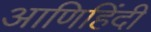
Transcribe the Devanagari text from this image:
आणिहिंदी